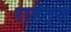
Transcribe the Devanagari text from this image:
राडेट्ज़